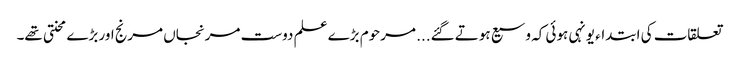
تعلقات کی ابتداء یونہی ہوئی کہ وسیع ہوتے گئے... مرحوم بڑے علم دوست مرنجاں مرنج اور بڑے محنتی تھے۔